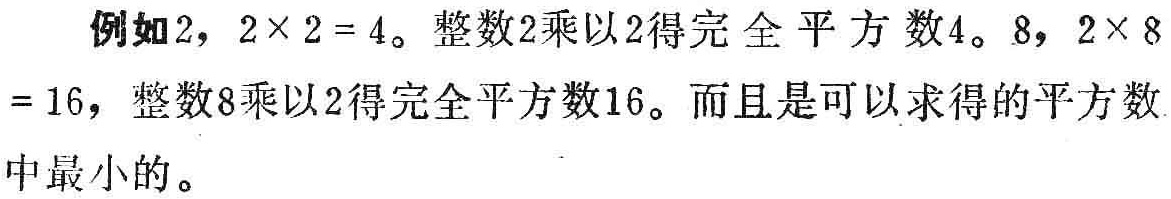
例如2，$2\times 2 = 4$。整数2乘以2得完全平方数4。8，$2\times 8 = 16$，整数8乘以2得完全平方数16。而且是可以求得的平方数中最小的。